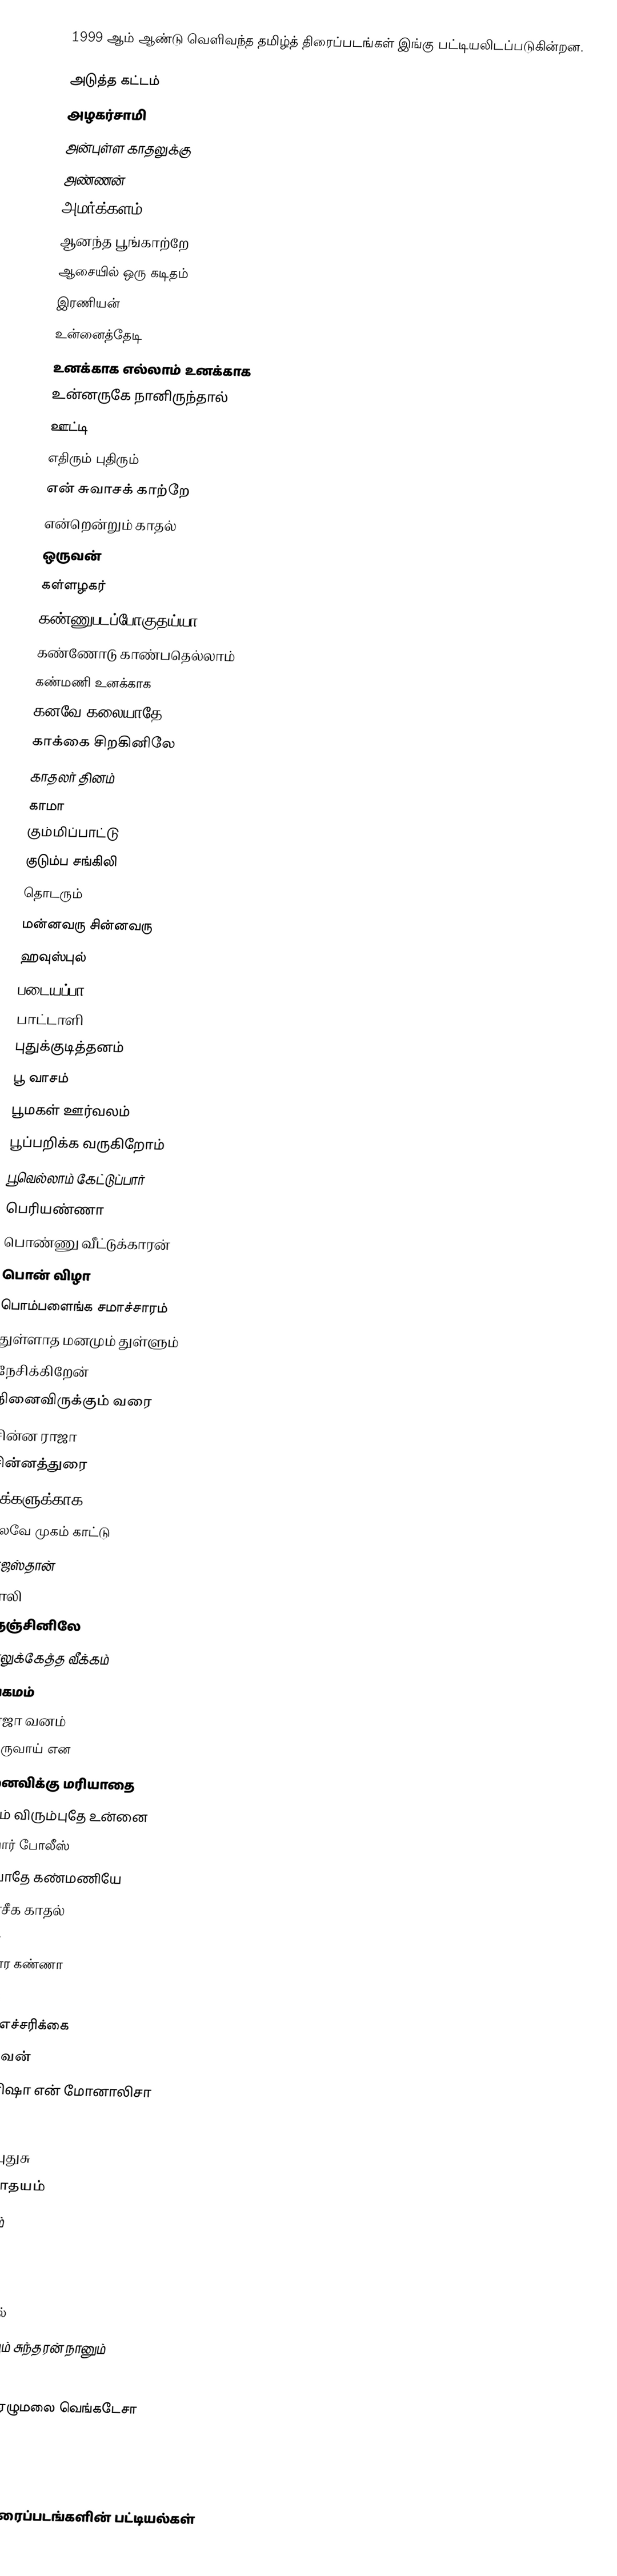
1999 ஆம் ஆண்டு வெளிவந்த தமிழ்த் திரைப்படங்கள் இங்கு பட்டியலிடப்படுகின்றன.

அடுத்த கட்டம்
அழகர்சாமி
அன்புள்ள காதலுக்கு
அண்ணன்
அமர்க்களம்
ஆனந்த பூங்காற்றே
ஆசையில் ஒரு கடிதம்
இரணியன்
உன்னைத்தேடி
உனக்காக எல்லாம் உனக்காக
உன்னருகே நானிருந்தால்
ஊட்டி
எதிரும் புதிரும்
என் சுவாசக் காற்றே
என்றென்றும் காதல்
ஒருவன்
கள்ளழகர்
கண்ணுபடப்போகுதய்யா
கண்ணோடு காண்பதெல்லாம்
கண்மணி உனக்காக
கனவே கலையாதே
காக்கை சிறகினிலே
காதலர் தினம்
காமா
கும்மிப்பாட்டு
குடும்ப சங்கிலி
தொடரும்
மன்னவரு சின்னவரு
ஹவுஸ்புல்
படையப்பா
பாட்டாளி
புதுக்குடித்தனம்
பூ வாசம்
பூமகள் ஊர்வலம்
பூப்பறிக்க வருகிறோம்
பூவெல்லாம் கேட்டுப்பார்
பெரியண்ணா
பொண்ணு வீட்டுக்காரன்
பொன் விழா
பொம்பளைங்க சமாச்சாரம்
துள்ளாத மனமும் துள்ளும்
நேசிக்கிறேன்
நினைவிருக்கும் வரை
சின்ன ராஜா
சின்னத்துரை
மக்களுக்காக
நிலவே முகம் காட்டு
ராஜஸ்தான்
வாலி
நெஞ்சினிலே
விரலுக்கேத்த வீக்கம்
சங்கமம்
ரோஜா வனம்
நீ வருவாய் என
மனைவிக்கு மரியாதை
மனம் விரும்புதே உன்னை
மலபார் போலீஸ்
மறவாதே கண்மணியே
மானசீக காதல்
மாயா
மின்சார கண்ணா
முகம்
முதல் எச்சரிக்கை
முதல்வன்
மோனிஷா என் மோனாலிசா
ஜோடி
நேசம் புதுசு
சூர்யோதயம்
சுயம்வரம்
ஜெயம்
ஹலோ
தாஜ்மகால்
சுந்தரி நீயும் சுந்தரன் நானும்
டைம்
திருப்பதி ஏழுமலை வெங்கடேசா
சேது
சிவன்

தமிழ்த் திரைப்படங்களின் பட்டியல்கள்